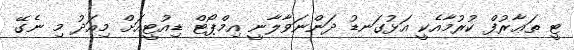
ޓީ ތަޢާރުފް ކުރުމާއެކީ އަޅުގަނޑު ދަންނަވާލާނީ އިމްޕޯޓް ޑިއުޓީއަށް މިއަދު މި ނެގޭ